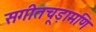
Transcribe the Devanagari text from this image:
सगीतचूड़ामणि